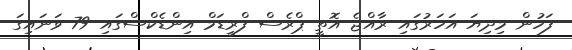
ފަހުން މިދިޔަ އަހަރުގައި ރާއްޖެ އޮތީ ޕްރެސް ފްރީޑަމް އިންޑެކްސްގައި 79 ވަނައިގަ